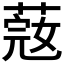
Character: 𦶲